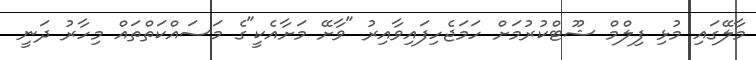
މާލޭގައި މުޅި ފިލްމް ޝޫޓްކުރުމަށް ހަމަޖެހިފައިވާއިރު "ވާށޭ މަށާއެކީ"ގެ މަސައްކަތްތައް މިހާރު ދަނީ